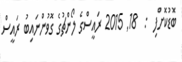
ބޮޑުކޮށްފި  :  18